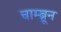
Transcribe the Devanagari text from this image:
चाम्ब्रून